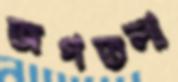
জগতলা